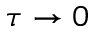
\tau \rightarrow 0